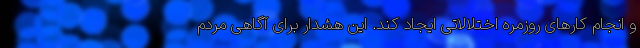
و انجام کارهای روزمره اختلالاتی ایجاد کند. این هشدار برای آگاهی مردم